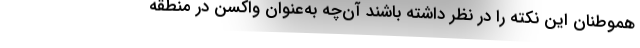
هموطنان این نکته را در نظر داشته باشند آن‌چه به‌عنوان واکسن‌ در منطقه